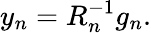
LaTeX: y_{n}=R_{n}^{-1}g_{n}.